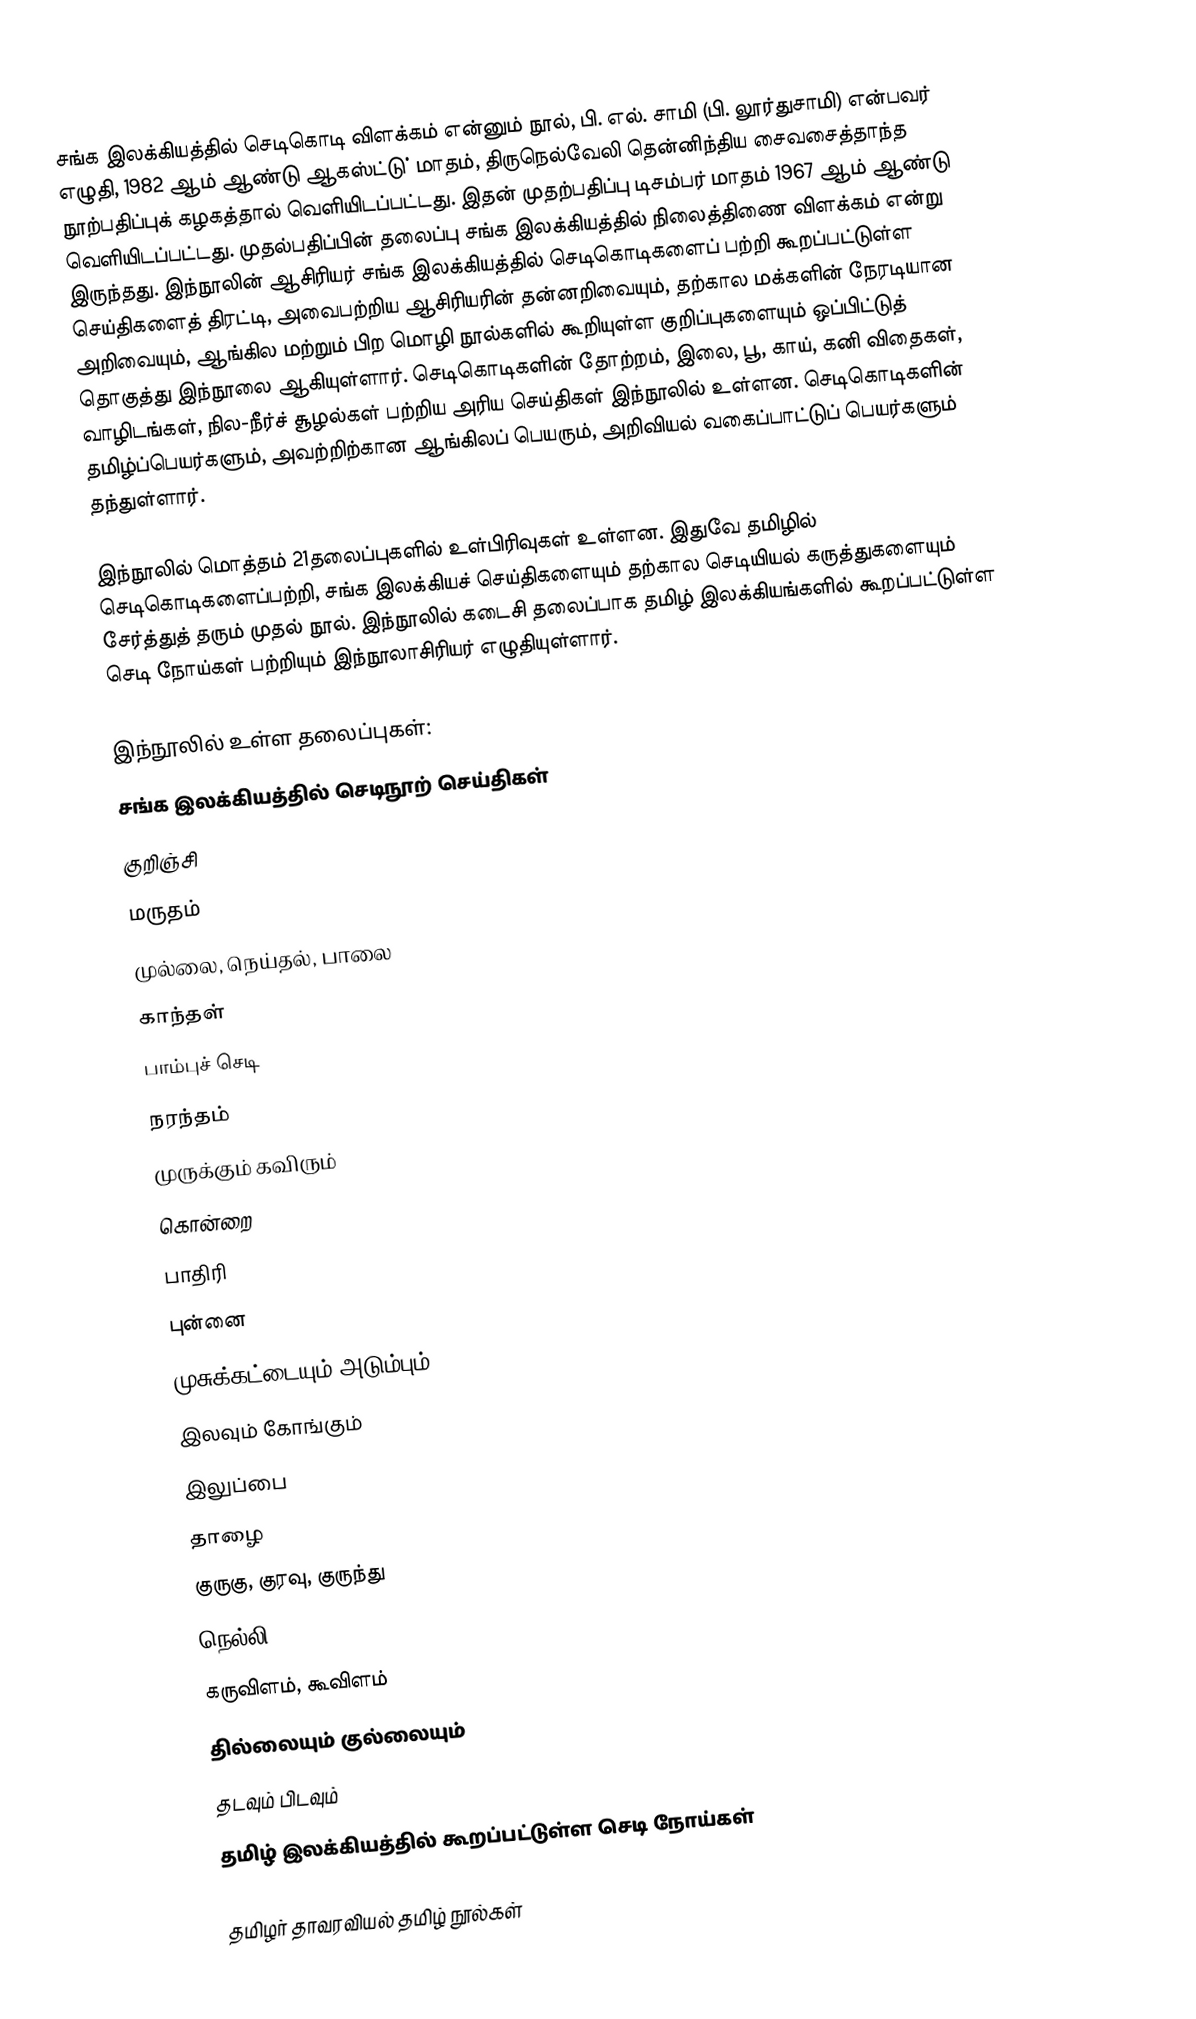
சங்க இலக்கியத்தில் செடிகொடி விளக்கம் என்னும் நூல், பி. எல். சாமி (பி. லூர்துசாமி) என்பவர் எழுதி,  1982 ஆம் ஆண்டு ஆகஸ்ட்டு் மாதம், திருநெல்வேலி தென்னிந்திய சைவசைத்தாந்த நூற்பதிப்புக் கழகத்தால் வெளியிடப்பட்டது.  இதன் முதற்பதிப்பு  டிசம்பர் மாதம் 1967 ஆம் ஆண்டு வெளியிடப்பட்டது. முதல்பதிப்பின் தலைப்பு சங்க இலக்கியத்தில் நிலைத்திணை விளக்கம் என்று இருந்தது. இந்நூலின் ஆசிரியர் சங்க இலக்கியத்தில் செடிகொடிகளைப் பற்றி கூறப்பட்டுள்ள செய்திகளைத் திரட்டி, அவைபற்றிய ஆசிரியரின் தன்னறிவையும், தற்கால மக்களின் நேரடியான அறிவையும், ஆங்கில மற்றும் பிற மொழி நூல்களில் கூறியுள்ள குறிப்புகளையும் ஒப்பிட்டுத் தொகுத்து இந்நூலை ஆகியுள்ளார். செடிகொடிகளின் தோற்றம், இலை, பூ, காய், கனி விதைகள், வாழிடங்கள், நில-நீர்ச் சூழல்கள் பற்றிய அரிய செய்திகள் இந்நூலில் உள்ளன. செடிகொடிகளின் தமிழ்ப்பெயர்களும், அவற்றிற்கான ஆங்கிலப் பெயரும், அறிவியல் வகைப்பாட்டுப் பெயர்களும்  தந்துள்ளார்.

இந்நூலில் மொத்தம் 21தலைப்புகளில் உள்பிரிவுகள் உள்ளன. இதுவே தமிழில் செடிகொடிகளைப்பற்றி, சங்க இலக்கியச் செய்திகளையும் தற்கால செடியியல் கருத்துகளையும் சேர்த்துத் தரும் முதல் நூல்.  இந்நூலில் கடைசி தலைப்பாக தமிழ் இலக்கியங்களில் கூறப்பட்டுள்ள செடி நோய்கள் பற்றியும் இந்நூலாசிரியர் எழுதியுள்ளார்.

இந்நூலில் உள்ள தலைப்புகள்:
சங்க இலக்கியத்தில் செடிநூற் செய்திகள்
குறிஞ்சி
மருதம்
முல்லை, நெய்தல், பாலை
காந்தள்
பாம்புச் செடி
நரந்தம்
முருக்கும் கவிரும்
கொன்றை
பாதிரி
புன்னை
முசுக்கட்டையும் அடும்பும்
இலவும் கோங்கும்
இலுப்பை
தாழை
குருகு, குரவு, குருந்து
நெல்லி
கருவிளம், கூவிளம்
தில்லையும் குல்லையும்
தடவும் பிடவும்
தமிழ் இலக்கியத்தில் கூறப்பட்டுள்ள செடி நோய்கள்

தமிழர் தாவரவியல் தமிழ் நூல்கள்